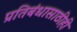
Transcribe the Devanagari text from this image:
प्रतिबंधासाठीही